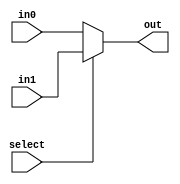
`timescale 1ns / 1ps
module MUX32(select, in0, in1, out);
    // If select == 0, choose in0; otherwise choose in1
    input select;
    input [31:0]in0, in1;
    output [31:0]out;
    reg [31:0]out;

    always @ (*)  begin
        if (select == 1'b0)    out <= in0;
        else    out <= in1; 
    end
endmodule